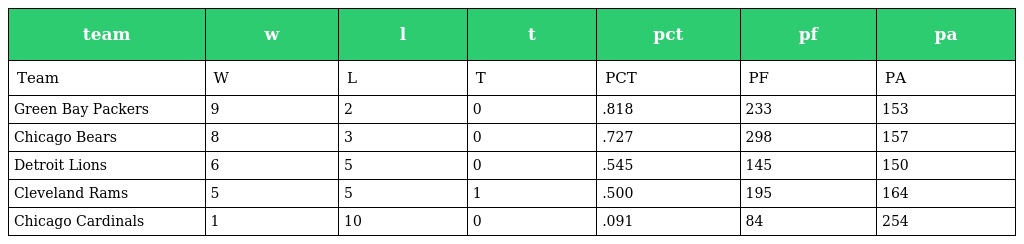
| team | w | l | t | pct | pf | pa |
 | --- | --- | --- | --- | --- | --- | --- |
 | Team | W | L | T | PCT | PF | PA |
 | Green Bay Packers | 9 | 2 | 0 | .818 | 233 | 153 |
 | Chicago Bears | 8 | 3 | 0 | .727 | 298 | 157 |
 | Detroit Lions | 6 | 5 | 0 | .545 | 145 | 150 |
 | Cleveland Rams | 5 | 5 | 1 | .500 | 195 | 164 |
 | Chicago Cardinals | 1 | 10 | 0 | .091 | 84 | 254 |